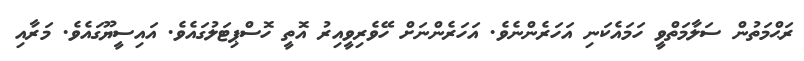
ރަޙްމަތުން ސަލާމަތްވީ ހަމައެކަނި އަހަރެންނެވެ. އަހަރެންނަށް ހޭވެރިވީއިރު އޮތީ ހޮސްޕިޓަލުގައެވެ. އައިސީޔޫގައެވެ. މަރާއި